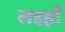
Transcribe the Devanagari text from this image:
लइहों